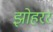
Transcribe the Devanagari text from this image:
झोहरर